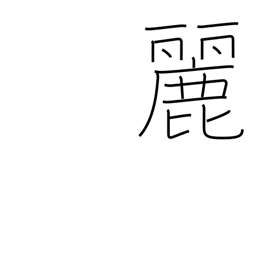
Meaning: lovely